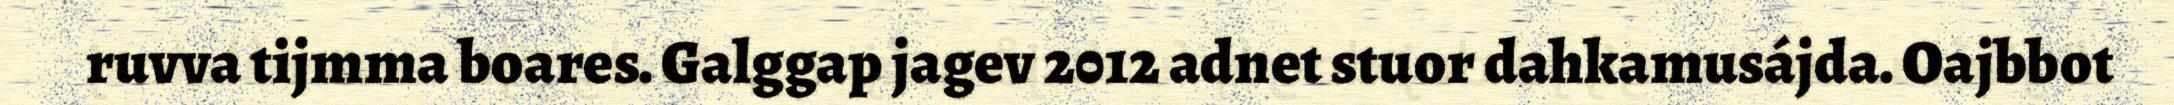
ruvva tijmma boares. Galggap jagev 2012 adnet stuor dahkamusájda. Oajbbot